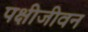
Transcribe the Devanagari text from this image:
पक्षीजीवन